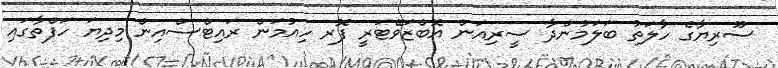
ސޫރިޔާގެ ހާލަތު ބަލަމުންދާ ސީރިއަން އޮބްޒަވޭޓަރީ ފޮރ ހިއުމަން ރައިޓްސްއިން މިދިޔަ ހަފްތާގައި